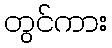
တွင်ကား